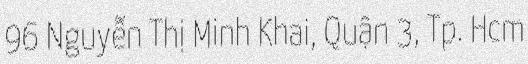
96 Nguyễn Thị Minh Khai, Quận 3, Tp. Hcm